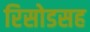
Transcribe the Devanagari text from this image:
रिसोडसह